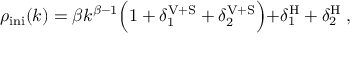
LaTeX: \rho _ { \mathrm { i n i } } ( k ) = \beta k ^ { \beta - 1 } \Bigl ( 1 + \delta _ { 1 } ^ { \mathrm { V + S } } + \delta _ { 2 } ^ { \mathrm { V + S } } \Bigl ) + \delta _ { 1 } ^ { \mathrm { H } } + \delta _ { 2 } ^ { \mathrm { H } } \; ,